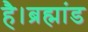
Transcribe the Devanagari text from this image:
है।ब्रह्मांड